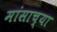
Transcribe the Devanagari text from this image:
मांसाच्या